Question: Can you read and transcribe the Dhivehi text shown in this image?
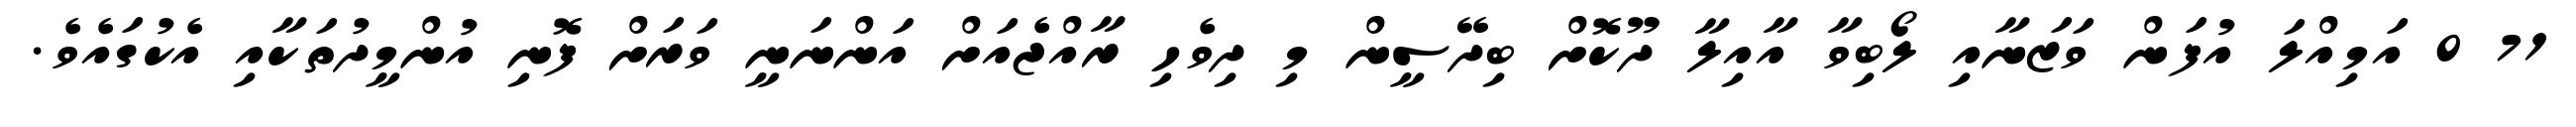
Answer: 71 0 އަމިއްލަ އުފަން ވަޒަނާއި ލޯބިވާ އާއިލާ ދޫކޮށް ބިދޭސީން މި ދިވެހި ރާއްޖެއަށް އަންނަނީ ވަރަށް ފޮނި އުންމީދުތަކާއި އެކުގައެވެ.